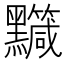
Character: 𪒹